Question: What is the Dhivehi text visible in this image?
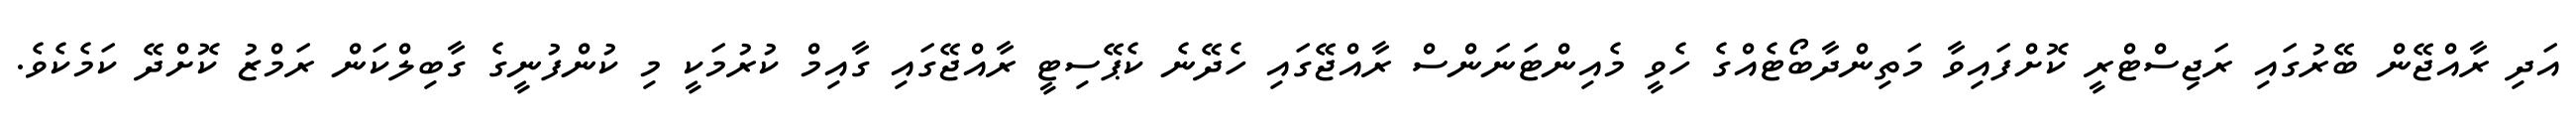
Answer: އަދި ރާއްޖޭން ބޭރުގައި ރަޖިސްޓްރީ ކޮށްފައިވާ މަތިންދާބޯޓެއްގެ ހެވީ މެއިންޓަނަންސް ރާއްޖޭގައި ހެދޭނެ ކެޕޭސިޓީ ރާއްޖޭގައި ގާއިމް ކުރުމަކީ މި ކުންފުނީގެ ގާބިލްކަން ރަމްޒު ކޮށްދޭ ކަމެކެވެ.